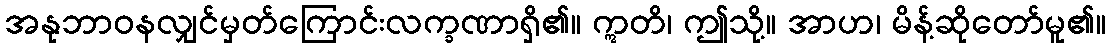
အနုဘာဝနလျှင်မှတ်ကြောင်းလက္ခဏာရှိ၏။ ဣတိ၊ ဤသို့။ အာဟ၊ မိန့်ဆိုတော်မူ၏။